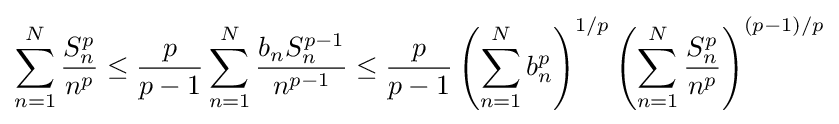
\sum _{n=1}^{N}{\frac {S_{n}^{p}}{n^{p}}}\leq {\frac {p}{p-1}}\sum _{n=1}^{N}{\frac {b_{n}S_{n}^{p-1}}{n^{p-1}}}\leq {\frac {p}{p-1}}\left(\sum _{n=1}^{N}b_{n}^{p}\right)^{1/p}\left(\sum _{n=1}^{N}{\frac {S_{n}^{p}}{n^{p}}}\right)^{(p-1)/p}